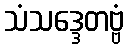
သံသဒ္ဒေတဗ္ဗံ